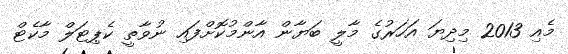
މެއި 2013 މިދިޔަ އަހަރުގެ މާލީ ބަޔާން އާންމުކޮށްފައި ނުވާތީ ކެޕިޓަލް މާކެޓް